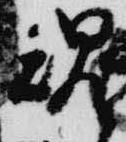
魂